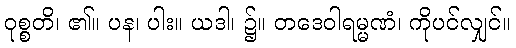
ဝုစ္စတိ၊ ၏။ ပန၊ ပါး။ ယဒါ၊ ၌။ တဒေဝါရမ္မဏံ၊ ကိုပင်လျှင်။